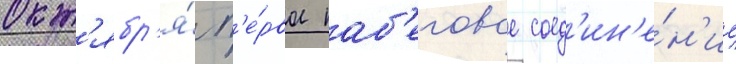
окт'ябр'я́ п'е́рвое наб'еговое соед'ин'е́н'ие